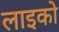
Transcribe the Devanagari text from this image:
लाइको